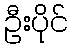
ဦးပိုင်